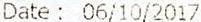
DATE : 06/10/2017